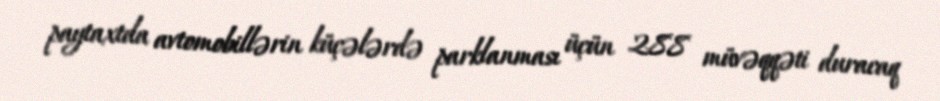
paytaxtda avtomobillərin küçələrdə parklanması üçün 288 müvəqqəti duracaq